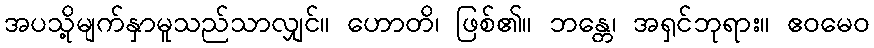
အပသို့မျက်နှာမူသည်သာလျှင်။ ဟောတိ၊ ဖြစ်၏။ ဘန္တေ၊ အရှင်ဘုရား။ ဧဝမေဝ